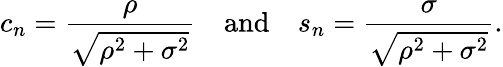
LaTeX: c_{n}={\frac{\rho}{\sqrt{\rho^{2}+\sigma^{2}}}}\quad{\mathrm{and}}\quad s_{n}={\frac{\sigma}{\sqrt{\rho^{2}+\sigma^{2}}}}.